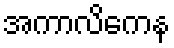
အကာလိကေန